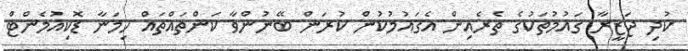
ކުދި ޖަޒީރާ ގައުމުތަކުގެ ތެރެއިން އެގައުމުކުން ކުރަން ބޭނުންވާ ކަންތައްތައް ހިމަނާ ޑޮކިއުމެންޓް